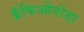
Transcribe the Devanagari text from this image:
ब्रैकिओपोडा